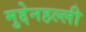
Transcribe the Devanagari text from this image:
मुद्देनहल्ली